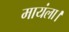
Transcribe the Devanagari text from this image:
मायंला।